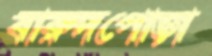
বারুদপোড়া